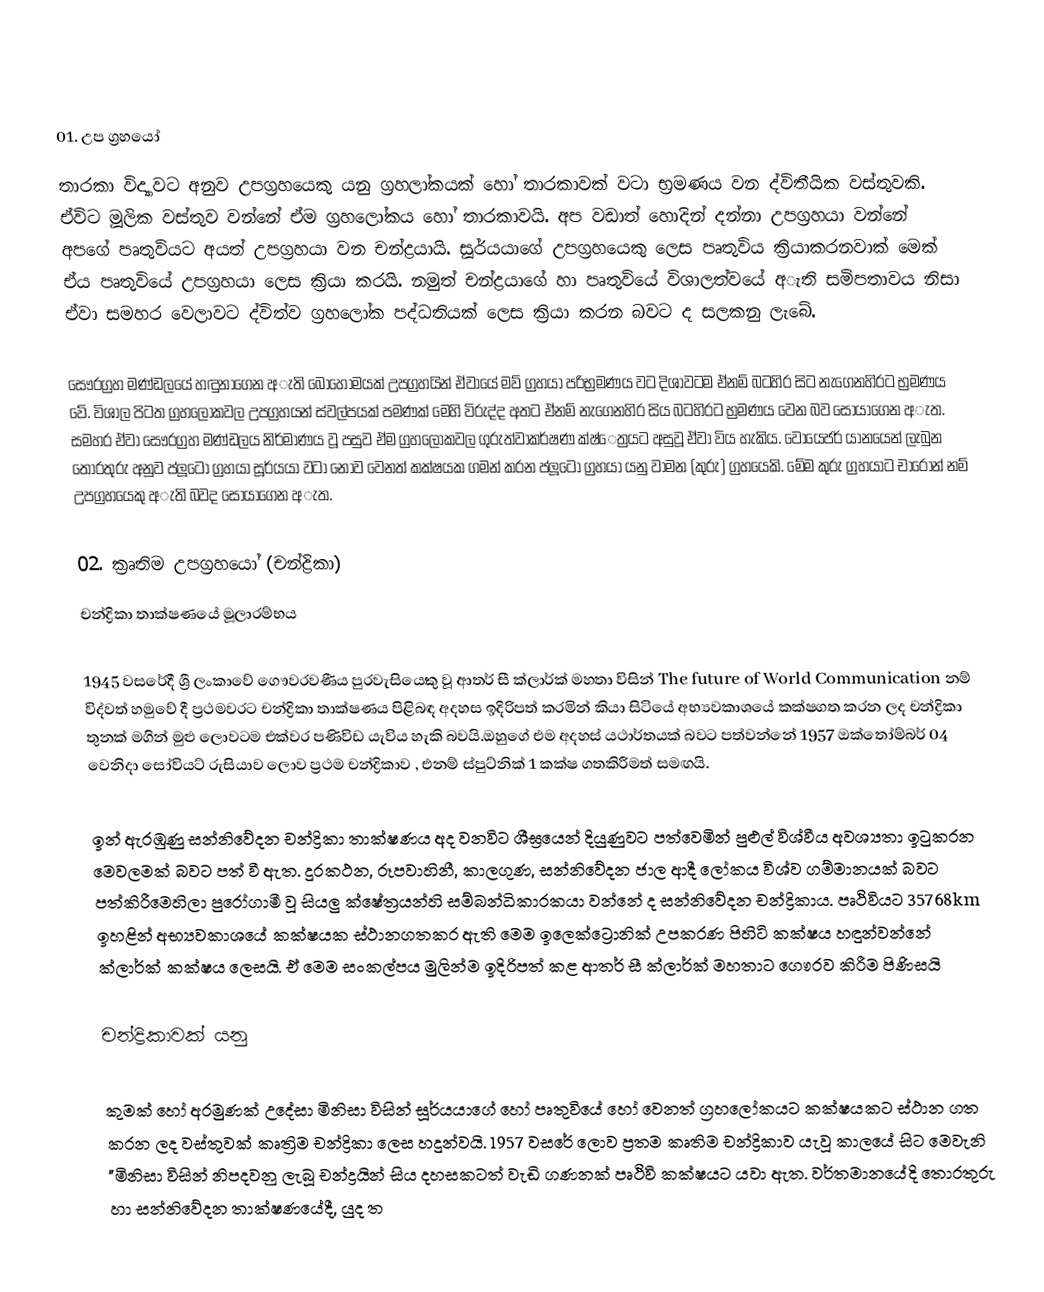

01‍. උප ග්‍රහයෝ
තාරකා විද්‍යාවට අනුව උපග්‍රහයෙකු යනු ග්‍රහලා්කයක් හෝ තාරකාවක් වටා භ්‍රමණය වන ද්විතීයික වස්තුවකි. ඒවිට මූලික වස්තුව වන්නේ ඒම ග්‍රහලෝකය හෝ තාරකාවයි. අප වඩාත් හොදින් දන්නා උපග්‍රහයා වන්නේ අපගේ පෘතුවියට අයත් උපග්‍රහයා වන චන්ද්‍රයායි. සූර්යයාගේ උපග්‍රහයෙකු ලෙස පෘතුවිය ක්‍රියාකරනවාක් මෙක් ඒය පෘතුවියේ උපග්‍රහයා ලෙස ක්‍රියා කරයි. නමුත් චන්ද්‍රයාගේ හා පෘතුවියේ විශාලත්වයේ අැති සමිපතාවය නිසා ඒවා සමහර වෙලාවට ද්විත්ව ග්‍රහලෝක පද්ධතියක් ලෙස ක්‍රියා කරන බවට ද සලකනු ලැබේ.

සෞරග්‍රහ මණ්ඩලයේ හඳුනාගෙන අැති බොහෝමයක් උපග්‍රහයින් ඒවායේ මව් ග්‍රහයා පරිභ්‍රමණය වට දිශාවටම ඒනම් බටහිර සිට නැගෙනහිරට භ්‍රමණය වේ. විශාල පිටත ග්‍රහලෝකවල උපග්‍රහයන් ස්වල්පයක් පමණක් මෙහි විරුද්ද අතට ඒනම් නැගෙනහිර සිය බටහිරට භ්‍රමණය වෙන බව සොයාගෙන අැත. සමහර ඒවා සෞරග්‍රහ මණ්ඩලය නිර්මාණය වූ පසුව ඒම ග්‍රහලෝකවල ගුරුත්වාකර්ෂණ ක්ෂ්‍ෙත්‍රයට අසුවූ ඒවා විය හැකිය. වෝයෙජර් යානයෙන් ලැබුන තොරතුරු අනුව ප්ලූටෝ ග්‍රහයා සූර්යයා වටා නොව වෙනත් කක්ෂයක ගමන් කරන ප්ලූටෝ ග්‍රහයා යනු වාමන (කුරු) ග්‍රහයෙකි. මේම කුරු ග්‍රහයාට චාරොන් නම් උපග්‍රහයෙකු අැති බවද සොයාගෙන අැත.

02. ක්‍රෘතිම උපග්‍රහයෝ (චන්ද්‍රිකා)
චන්ද්‍රිකා තාක්ෂණයේ මූලාරම්භය

1945 වසරේදී ශ්‍රී ලංකාවේ ගෞවරවණීය පුරවැසියෙකු වූ ආතර් සී ක්ලාර්ක් මහතා විසින් The future of World Communication නම් විද්වත් හමුවේ දී ප්‍රථමවරට චන්ද්‍රිකා තාක්ෂණය පිළිබඳ අදහස ඉදිරිපත් කරමින් කියා සිටියේ අභ්‍යවකාශයේ කක්ෂගත කරන ලද චන්ද්‍රිකා තුනක් මගින් මුළු ලොවටම එක්වර පණිවිඩ යැවිය හැකි බවයි.ඔහුගේ එම අදහස් යථාර්තයක් බවට පත්වන්නේ 1957 ඔක්තෝම්බර් 04 වෙනිදා සෝවියට් රුසියාව ලොව ප්‍රථම චන්ද්‍රිකාව , එනම් ස්පුට්නික් 1 කක්ෂ ගතකිරීමත් සමඟයි.

ඉන් ඇරඹුණු සන්නිවේදන චන්ද්‍රිකා තාක්ෂණය අද වනවිට ශීඝ්‍රයෙන් දියුණුවට පත්වෙමින් පුළුල් විශ්වීය අවශ්‍යතා ඉටුකරන මෙවලමක් බවට පත් වී ඇත. දුරකථන, රූපවාහිනී, කාලගුණ, සන්නිවේදන ජාල ආදී ලෝකය විශ්ව ගම්මානයක් බවට පත්කිරීමෙහිලා පුරෝගාමී වූ සියලු ක්ෂේත්‍රයන්හි සම්බන්ධිකාරකයා වන්නේ ද සන්නිවේදන චන්ද්‍රිකාය. පෘථිවියට 35768km ඉහළින් අභ්‍යවකාශයේ කක්ෂයක ස්ථානගතකර ඇති මෙම ඉලෙක්ට්‍රොනික් උපකරණ පිහිටි කක්ෂය හඳුන්වන්නේ ක්ලාර්ක් කක්ෂය ලෙසයි. ඒ මෙම සංකල්පය මුලින්ම ඉදිරිපත් කළ ආතර් සී ක්ලාර්ක් මහතාට ගෞරව කිරීම පිණිසයි

චන්ද්‍රිකාවක් යනු

කුමක් හෝ අරමුණක් උදේසා මිනිසා විසින් සූර්යයාගේ හෝ පෘතුවියේ හෝ වෙනත් ග්‍රහලෝකයට කක්ෂයකට ස්ථාන ගත කරන ලද වස්තුවක් කෘත්‍රිම චන්ද්‍රිකා ලෙස හදුන්වයි. 1957 වසරේ ලොව ප්‍රතම කෘතිම චන්ද්‍රිකාව යැවූ කාලයේ සිට මෙවැනි "මිනිසා විසින් නිපදවනු ලැබූ චන්ද්‍රයින් සිය දහසකටත් වැඩි ගණනක් පෘථිවි කක්ෂයට යවා ඇත. වර්තමානයේදි තොරතුරු හා සන්නිවේදන තාක්ෂණයේදී, යුද ත